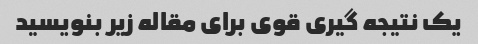
یک نتیجه گیری قوی برای مقاله زیر بنویسید